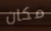
مكان